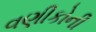
વણીકોની